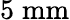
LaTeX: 5\; \mathrm{mm}